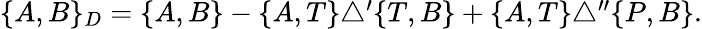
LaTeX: \begin{array}{r}{\{ A,B\} _{D}=\{ A,B\} -\{ A,T\} \triangle^{\prime}\{ T,B\} +\{ A,T\} \triangle^{\prime\prime}\{ P,B\} .}\end{array}